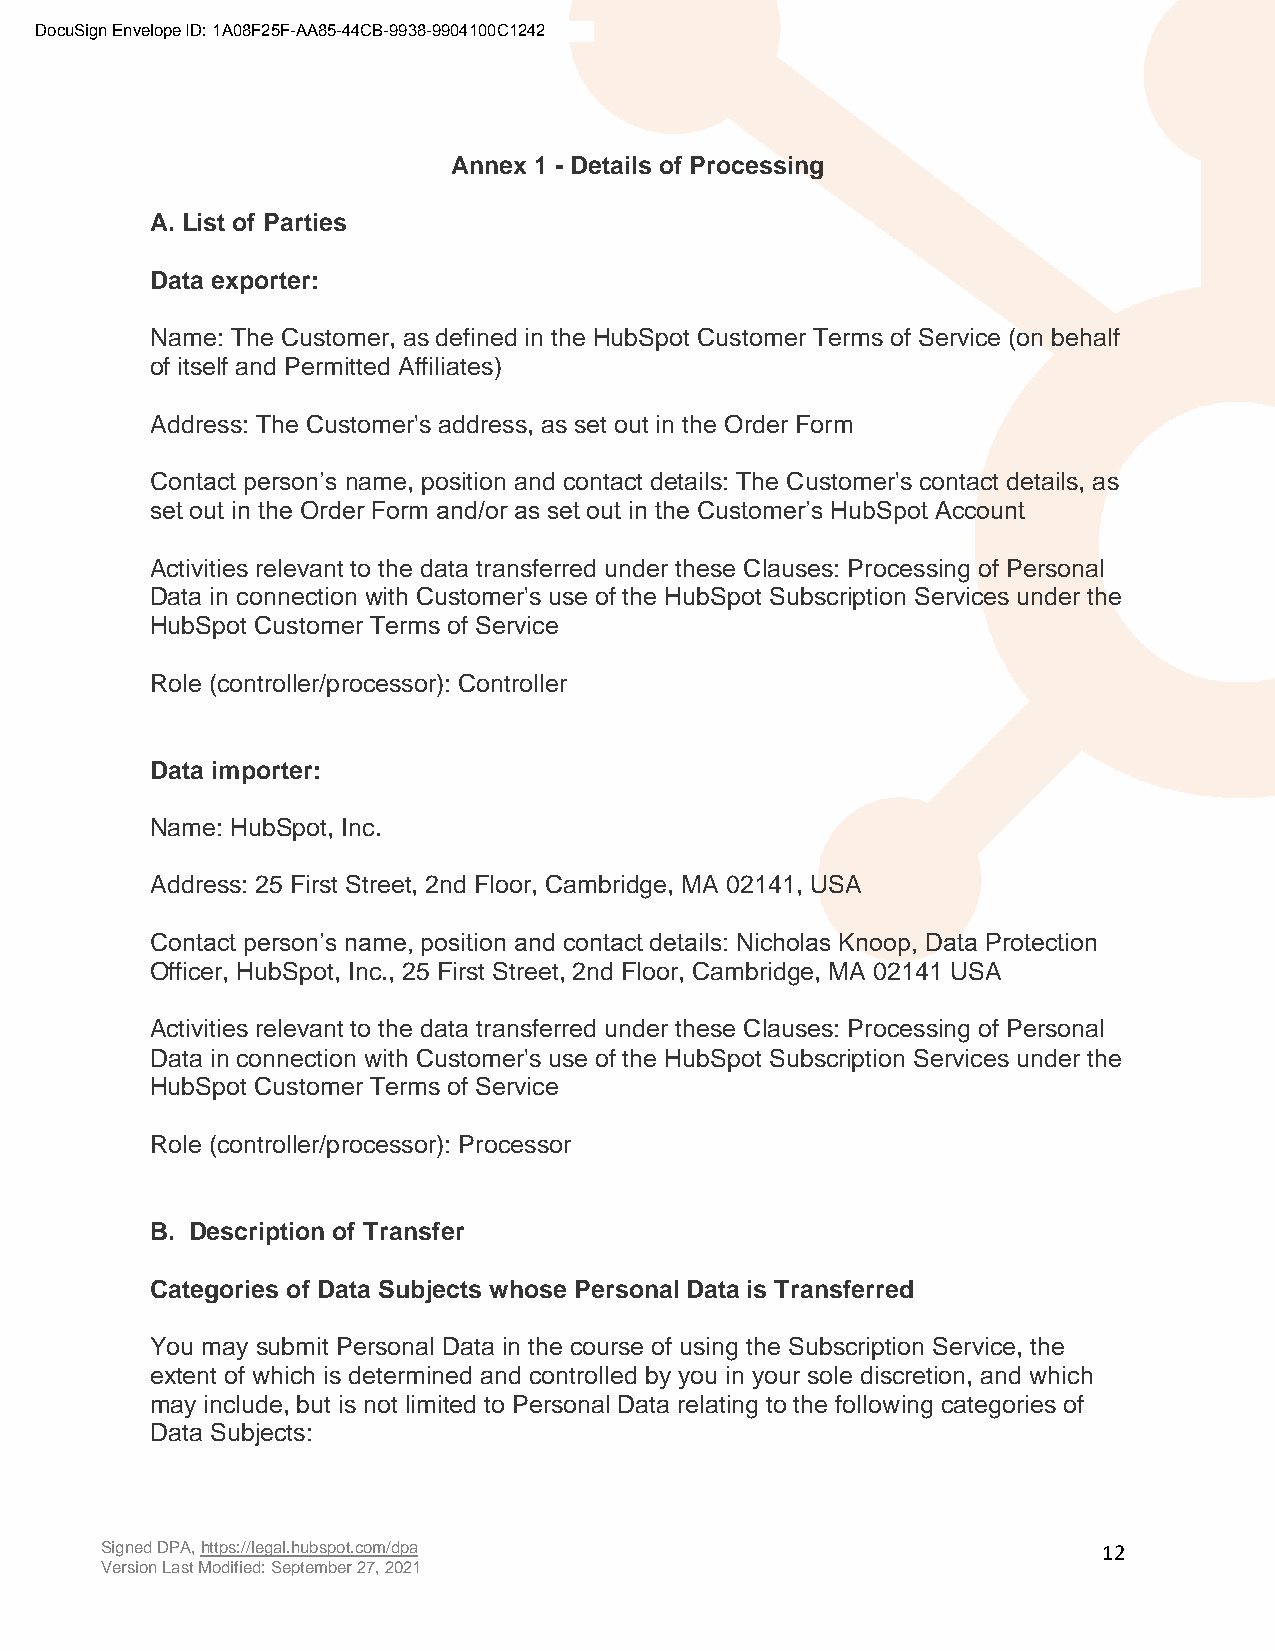
DocuSign Envelope ID: 1A08F25F-AA85-44CB-9938-9904100C1242
 Annex 1 - Details of Processing
 A. List of Parties
 Data exporter:
 Name: The Customer, as defined in the HubSpot Customer Terms of Service (on behalf
 of itself and Permitted Affiliates)
 Address: The Customer's address, as set out in the Order Form
 Contact person’s name, position and contact details: The Customer's contact details, as
 set out in the Order Form and/or as set out in the Customer’s HubSpot Account
 Activities relevant to the data transferred under these Clauses: Processing of Personal
 Data in connection with Customer's use of the HubSpot Subscription Services under the
 HubSpot Customer Terms of Service
 Role (controller/processor): Controller
 Data importer:
 Name: HubSpot, Inc.
 Address: 25 First Street, 2nd Floor, Cambridge, MA 02141, USA
 Contact person’s name, position and contact details: Nicholas Knoop, Data Protection
 Officer, HubSpot, Inc., 25 First Street, 2nd Floor, Cambridge, MA 02141 USA
 Activities relevant to the data transferred under these Clauses: Processing of Personal
 Data in connection with Customer's use of the HubSpot Subscription Services under the
 HubSpot Customer Terms of Service
 Role (controller/processor): Processor
 B. Description of Transfer
 Categories of Data Subjects whose Personal Data is Transferred
 You may submit Personal Data in the course of using the Subscription Service, the
 extent of which is determined and controlled by you in your sole discretion, and which
 may include, but is not limited to Personal Data relating to the following categories of
 Data Subjects:
 Signed DPA, https://legal.hubspot.com/dpa                         12
 Version Last Modified: September 27, 2021